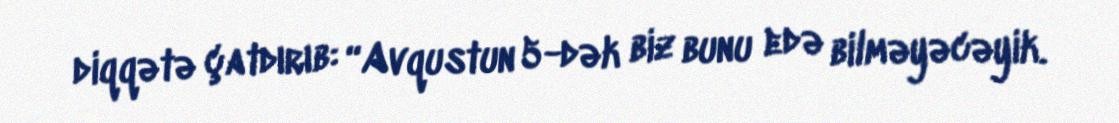
diqqətə çatdırıb: “Avqustun 5-dək biz bunu edə bilməyəcəyik.